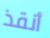
أنقذ